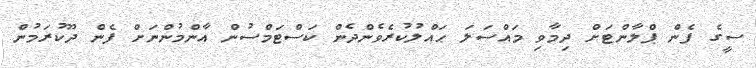
ސީގެ ފެން ޕްލާންޓަށް ދިމާވި މައްސަލަ ޙައްލުކުރެވެންދެން ކަސްޓަމްސުން އާންމުންނަށް ފެން ދޫކުރަމުން